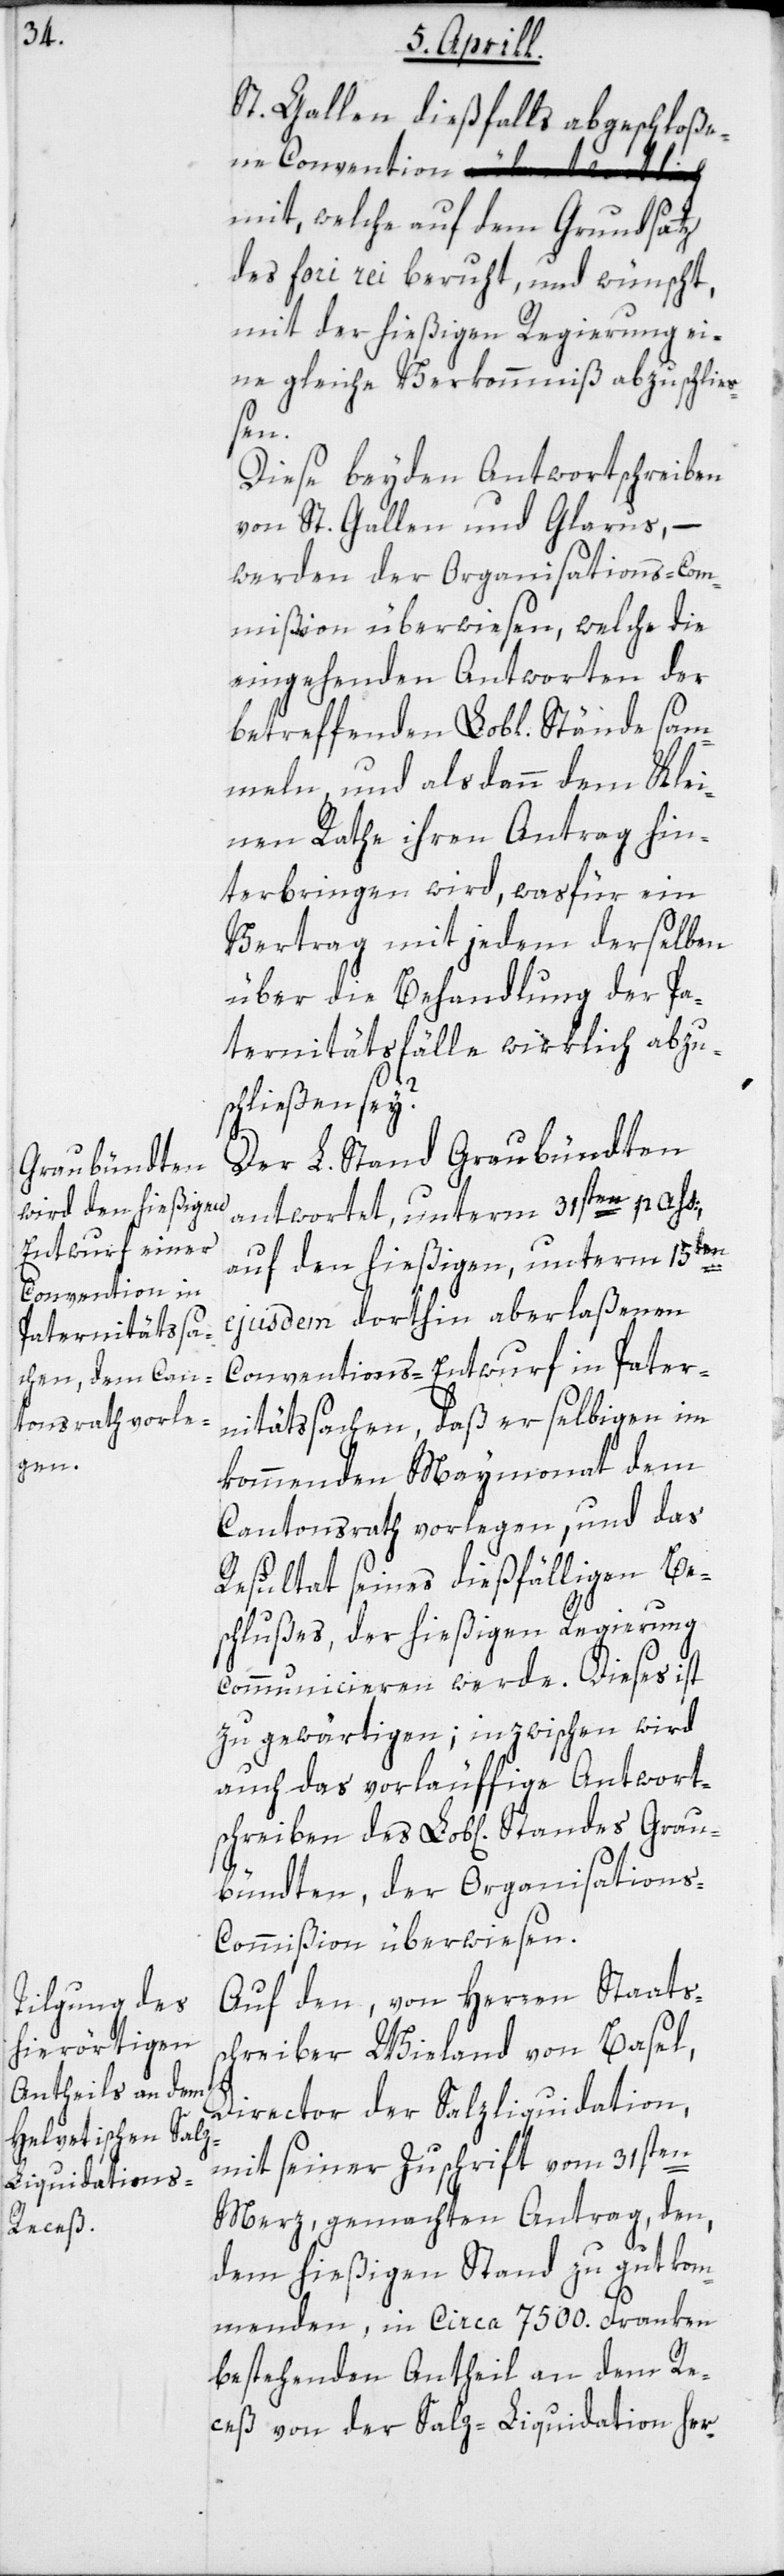
Convention

St. Gallen dießfalls abgeschloßene
mit, welche auf dem Grundsatz
des fori rei beruht, und wünscht,
mit der hießigen Regierung ei¬
ne gleiche Verkommniß abzuschlie¬
ßen.
Diese beyden Antwortschreiben
von St. Gallen und Glarus, –
werden der Organisations-Com¬
mißion überwiesen, welche die
eingehenden Antworten der
betreffenden Lobl. Stände sam¬
meln, und alsdann dem Klei¬
nen Rathe ihren Antrag hin¬
terbringen wird, wasfür ein
Vertrag mit jedem derselben
über die Behandlung der Pa¬
ternitätsfälle wirklich abzus¬
chließen sey?
Der L. Stand Graubündten
antwortet, unterm 31sten pass.
auf den hießigen, unterm 15ten
ejusdem dorthin aberlaßenen
Conventions-Entwurf in Pater¬
nitätssachen, daß er selbigen im
kommenden Maymonat dem
Cantonsrath vorlegen, und das
Resultat seines dießfälligen Be¬
schlußes, der hießigen Regierung
communicieren werde. Dieses ist
zu gewärtigen, inzwischen wird
auch das vorläuffige Antwort¬
schreiben des Lob[lichen] Standes Grau¬
bündten, der Organisation¬
s-Commißion überwiesen.
Auf den, von Herren Staatss¬
chreiber Wieland von Basel,
Director der Salzliquidation,
mit seiner Zuschrift vom 31sten
Merz, gemachten Antrag, den,
dem hießigen Stand zugut kom¬
menden, in circa 7500. Franken
bestehenden Antheil an dem Re¬
ceß von der Salz-Liquidation her-